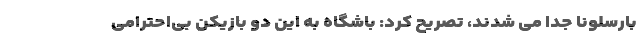
بارسلونا جدا می شدند، تصریح کرد: باشگاه به این دو بازیکن بی‌احترامی